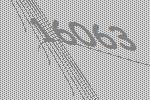
16063